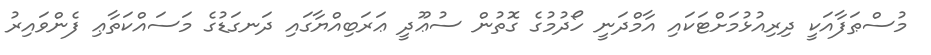
މުސްޠަފާއަކީ ދިރިއުޅުމަށްޓަކައި އާމްދަނީ ހޯދުމުގެ ގޮތުން ސުޢޫދީ ޢަރަބިއްޔާގައި ދަނގަޑުގެ މަސައްކަތާޢި ފެންވައިރު